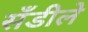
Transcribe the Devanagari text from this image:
सँडीले